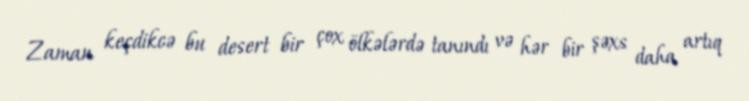
Zaman keçdikcə bu desert bir çox ölkələrdə tanındı və hər bir şəxs daha artıq